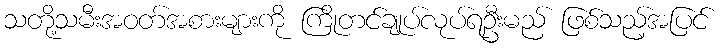
သတို့သမီးအဝတ်အစားများကို ကြိုတင်ချုပ်လုပ်ရဦးမည် ဖြစ်သည့်အပြင်